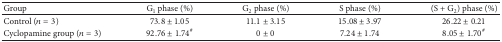
| Group | G1 phase (%) | G2 phase (%) | S phase (%) | (S + G2) phase (%) |
 | --- | --- | --- | --- | --- |
 | Control (n = 3) | 73.8 ± 1.05 | 11.1 ± 3.15 | 15.08 ± 3.97 | 26.22 ± 0.21 |
 | Cyclopamine group (n = 3) | 92.76 ± 1.74# | 0 ± 0 | 7.24 ± 1.74 | 8.05 ± 1.70# |